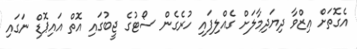
އެގޮތަށް ޢިޒްވާ ދިޔަދިމާލަށް ގެއްލިފައި ހުރެގެން ސޯޓުގެ ޖީބުގައި އޮތް އައިޕޮޑް ނަގައި